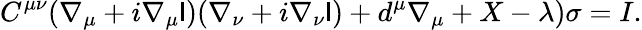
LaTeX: C^{\mu\nu}(\nabla_{\mu}+i\nabla_{\mu}\mathsf{l})(\nabla_{\nu}+i\nabla_{\nu}\mathsf{l})+d^{\mu}\nabla_{\mu}+X-\lambda)\sigma=I.